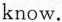
know.